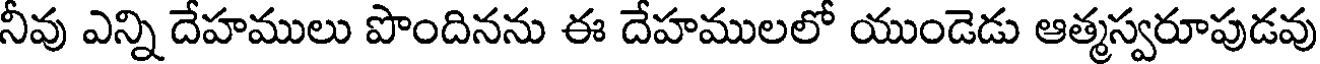
నీవు ఎన్ని దేహములు పొందినను ఈ దేహములలో యుండెడు ఆత్మస్వరూపుడవు